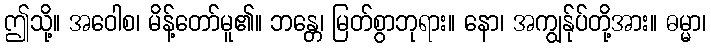
ဤသို့။ အဝေါစ၊ မိန့်တော်မူ၏။ ဘန္တေ၊ မြတ်စွာဘုရား။ နော၊ အကျွန်ုပ်တို့အား။ ဓမ္မာ၊